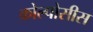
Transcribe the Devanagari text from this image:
कोल्पोसीस